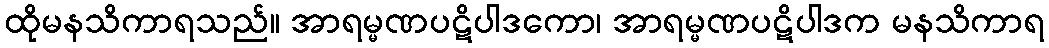
ထိုမနသိကာရသည်။ အာရမ္မဏပဋိပါဒကော၊ အာရမ္မဏပဋိပါဒက မနသိကာရ